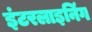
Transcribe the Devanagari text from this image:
इंटरलाइनिंग